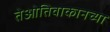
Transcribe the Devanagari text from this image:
तेओतिवाकानच्या